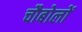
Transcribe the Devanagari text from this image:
चौबोलों